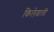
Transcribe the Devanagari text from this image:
किलेवाली